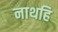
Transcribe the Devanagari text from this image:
नाथहि